Calcutta medical institutions reports 1871-78
Year: 1871
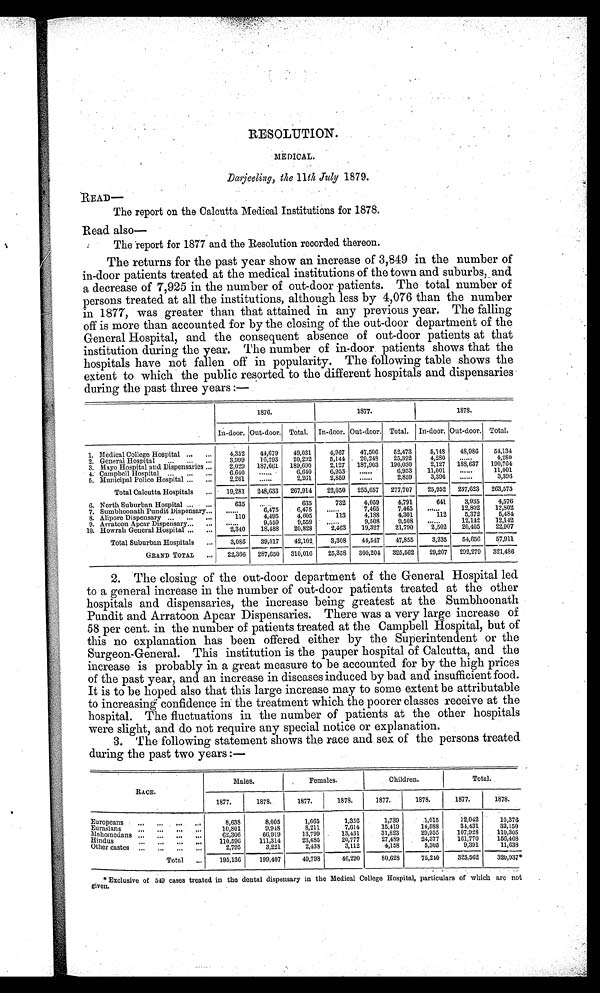
RESOLUTION.
MEDICAL.
Darjeeling,the 11th July 1879.
READ—
The report on the Calcutta Medical Institutions for 1878.
Read also
—
The report for 1877 and the Resolution recorded thereon.
The returns for the past year show an increase of 3,849 in the number of
in-door patients treated at the medical institutions of the town and suburbs, and
a decrease of 7,925 in the number of out-door patients. The total number of
persons treated at all the institutions, although less by 4,076 than the number
in 1877, was greater than that attained in any previous year. The falling
off is more than accounted for by the closing of the out-door department of the
General Hospital, and the consequent absence of out-door patients at that
institution during the year. The number of in-door patients shows that the
hospitals have not fallen off in popularity. The following table shows the
extent to which the public resorted to the different hospitals and dispensaries
during the past three years :-
1876.
1877.
1878.
In-door. Out-door. Total. In-door. Out-door. Total. In-door. Out-door. Total.
1. Medical College Hospital
4,352
44,679 49,031
4,967
47,506
52,473
5,148 48,080
54,134
2. General Hospital
3,999
16,293 20,292
5,144 20,248
25,392
4,280
. . . . . .
4,280
3. Mayo Hospital and Dispensaries
2,029 187.661 189,690
2,127 187,903 190,030
2,127
1 8 8 , 6 3 7 190,764
4. Campbell Hospital
6,640 ......
6,640
6,953 ......
6,953
11,001 ......
11,001
5.Municipal Police Hospital
2,261 ......
2,26
2,859 ......
2,859
3,396 ......
3,396
Total Calcutta Hospitals
19,281 248,633 267,914 22,050 255,657
2 7 7 , 7 0 7
277,707
25,952 237,623 263,575
6. North Suburban Hospital. ...
635 ......
635
732
4,059
4,791
641
3,935
4,576
7. Sumbhoonath Pundit Dispensary...
......
6,475
6,475 ......
7,465
7,465 .....
12,802
12,802
8. Alipore Dispensary
110
4,495
4,605
113
4,188
4,301
112
5,372
5,484
9. Arratoon Apcar Dispensary ......
9,559
9,559 ......
9,508
9,508 ......
12,142
12,142
10. Howrah General Hospital
2,340
18,488
20,828
2,463
19,327
21,790
2,502
20,405
22,907
Total Suburban Hospitals
3,085
39,017
42,102
3,308 3 , 3 0 8 44,517
47,855
3,235
54,656
57,911
GLAND TOTAL
22,366 287,650 310,016
25,358 300,204 325,562 29,207 292,279 321,486
2. The closing of the out-door department of the General Hospital led.
to a general increase in the number of out-door patients treated at the other
hospitals and dispensaries, the increase being greatest at the Sumbhoonath
Pundit and Arratoon
Apcar Dispensaries.There was a very largeincreaseof 8percentin the number of patients treated at the Campbell Hospital, but of
this no explanation has been offered either by the Superintendent or the
Surgeon-General. This institution is the pauper hospital of Calcutta, and the
increase is probably in a great measure to be accounted for by the high prices
of the past year, and an increase in diseases induced by bad and insufficient food.
It is to be hoped also that this large increase may to some extent be attributable
to increasing confidence in the treatment which the poorer classes receive at the
hospital. The fluctuations in the number of patients at the other hospitals
were slight, and do not require any special notice or explanation.
3. The following statement shows the race and sex of the persons treated
during the past two years :—
RACE.
Males.
Females.
Children.
Total.
1877.
1878.
1877.
1878.
1877.
1878.
1877.
1878.
Europeans
8,638
8,005
1,665
1,356
1,739
1,015
12,042
10,376
Eurasians
10,801
9,948
8,211
7,614
15,419
14,588
34,431
32,150
Mahomedans
62,306
66,919
13,799
13,431
31,823
29,955
107,928
110,305 110,
Hindus
Hindus
. .,. ...
••• ••
110,596
111,314
23,685
20,777
27,489
24,377
161,770
156,468
Other castes ... ...
2,795
3,221
2,438
3,112
4,158
5,305
9,391
11,638
Total
195,136
199,407
49,798
46,290
80,628
75,240
325 ,562
32
0 , 9 3 7
* Exclusive of 549cases treated in the dental dispensary in the Medical College Hospital, particulars of which ar
e not